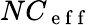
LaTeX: NC_{\mathrm{~e~f~f~}}